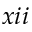
x i i